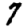
Digit: 7